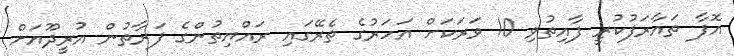
އޮފާ ތައާރަފުކުރީ ފާއިތުވި 10 ވަރަކަށް އަހަރުގެ ތެރޭގައި ރައްޔިތުންގެ ފަރާތުން އުރީދޫއަށް